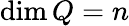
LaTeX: \dim Q=n